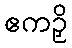
ဧကဉှိ